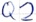
Text: Q2